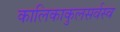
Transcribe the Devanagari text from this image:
कालिकाकुलसर्वस्व